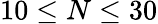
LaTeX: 10\leq N\leq 30